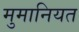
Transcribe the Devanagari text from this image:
मुमानियत